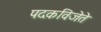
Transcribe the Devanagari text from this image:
पदकविजेते